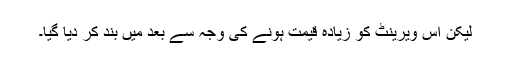
لیکن اس ویرینٹ کو زیادہ قیمت ہونے کی وجہ سے بعد میں بند کر دیا گیا۔